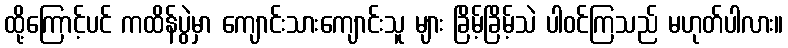
ထို့ကြောင့်ပင် ကထိန်ပွဲမှာ ကျောင်းသားကျောင်းသူ များ ခြိမ့်ခြိမ့်သဲ ပါဝင်ကြသည် မဟုတ်ပါလား။